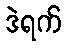
ဒဲရက်